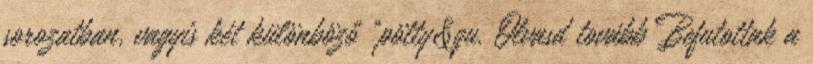
sorozatban, vagyis két különböző "pötty&qu. Olvasd tovább Befutottak a